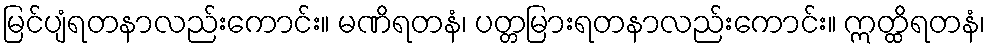
မြင်ပျံရတနာလည်းကောင်း။ မဏိရတနံ၊ ပတ္တမြားရတနာလည်းကောင်း။ ဣတ္ထိရတနံ၊